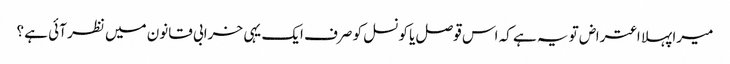
میرا پہلا اعتراض تو یہ ہے کہ اس قوصل یا کونسل کو صرف ایک یہی خرابی قانون میں نظر آئی ہے ؟